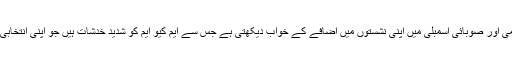
اسی لیے عوامی نیشنل پارٹی قومی اور صوبائی اسمبلی میں اپنی نشستوں میں اضافے کے خواب دیکھتی ہے جس سے ایم کیو ایم کو شدید خدشات ہیں جو اپنی انتخابی حیثیت برقرار رکھنا چاہتی ہے۔